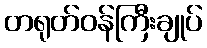
တရုတ်ဝန်ကြီးချုပ်